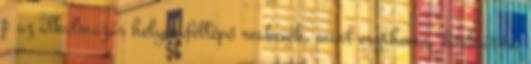
: az alkalmazás helyén fellépő reakciók, mint erythema, bőrkiütés,